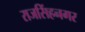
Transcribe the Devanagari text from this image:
राजसिंहनगर